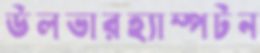
উলভারহ্যাম্পটন